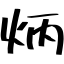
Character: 炳